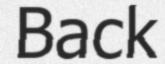
Back